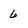
Character: 6